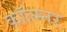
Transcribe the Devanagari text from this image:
कॉल्म्नर